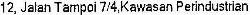
12, JALAN TAMPOI 7/4,KAWASAN PERINDUSTRIAN